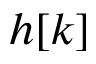
h [ k ]